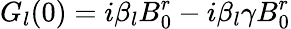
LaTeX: G_{l}(0)=i\beta_{l}B_{0}^{r}-i\beta_{l}\gamma B_{0}^{r}